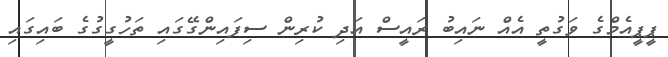
ޕީޕީއެމްގެ ވަގުތީ އެއް ނައިބު ރައީސް އަދި ކުރިން ސިފައިންގޭގައި ތަހުގީގުގެ ބައިގައި